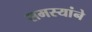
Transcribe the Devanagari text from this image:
समस्यांने